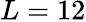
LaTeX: L=12